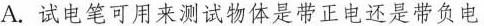
A.试电笔可用来测试物体是带正电还是带负电